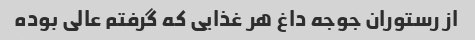
از رستوران جوجه داغ هر غذایی که گرفتم عالی بوده